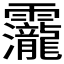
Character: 𮧁